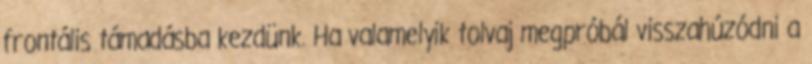
frontális támadásba kezdünk. Ha valamelyik tolvaj megpróbál visszahúzódni a